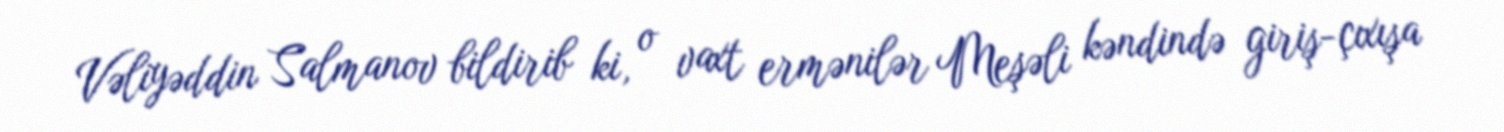
Vəliyəddin Salmanov bildirib ki, o vaxt ermənilər Meşəli kəndində giriş-çıxışa